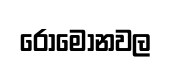
රෝමෝනවල